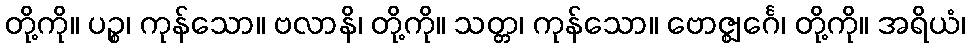
တို့ကို။ ပဉ္စ၊ ကုန်သော။ ဗလာနိ၊ တို့ကို။ သတ္တ၊ ကုန်သော။ ဗောဇ္ဈင်္ဂေ၊ တို့ကို။ အရိယံ၊